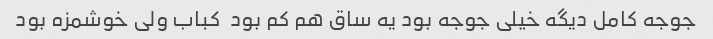
جوجه کامل دیگه خیلی جوجه بود یه ساق هم کم بود  کباب ولی خوشمزه بود